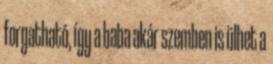
forgatható, így a baba akár szemben is ülhet a